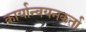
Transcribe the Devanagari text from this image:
कार्यान्वयनकर्ता